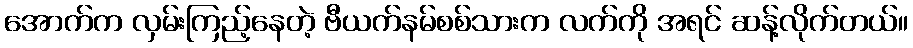
အောက်က လှမ်းကြည့်နေတဲ့ ဗီယက်နမ်စစ်သားက လက်ကို အရင် ဆန့်လိုက်တယ်။